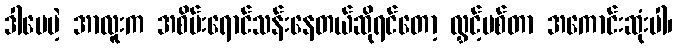
ဒါပေမဲ့ အာလူးက အစိမ်းရောင်သန်းနေတယ်ဆိုရင်တော့ လွှင့်ပစ်တာ အကောင်းဆုံးပါ၊